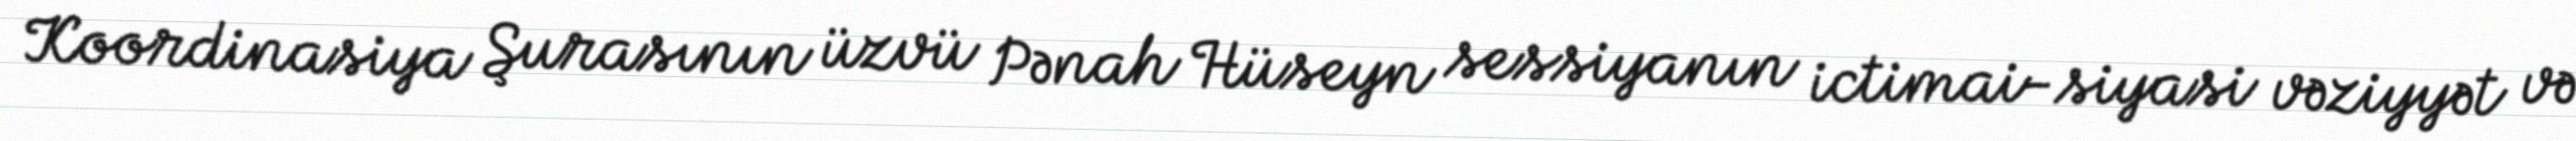
Koordinasiya Şurasının üzvü Pənah Hüseyn sessiyanın ictimai-siyasi vəziyyət və